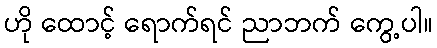
ဟို ထောင့် ရောက်ရင် ညာဘက် ကွေ့ပါ။